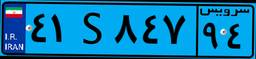
۴۱S۸۴۷۹۴